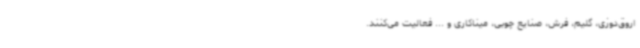
اروق‌دوزی، گلیم، فرش، صنایع چوبی، میناکاری و ... فعالیت می‌کنند.